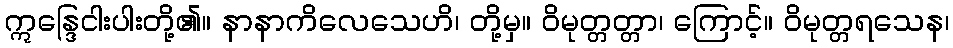
ဣန္ဒြေငါးပါးတို့၏။ နာနာကိလေသေဟိ၊ တို့မှ။ ဝိမုတ္တတ္တာ၊ ကြောင့်။ ဝိမုတ္တရသေန၊